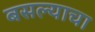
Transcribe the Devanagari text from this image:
बसल्याचा